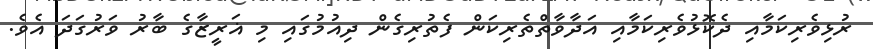
ރުޅިވެރިކަމާއި ދެކޮޅުވެރިކަމާއި އަދާވާތްތެރިކަން ފެތުރިގެން ދިއުމުގައި މި ޣަރީޒާގެ ބާރު ވަރުގަދަ އެވެ.